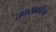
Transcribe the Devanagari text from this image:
तपासाकरिता